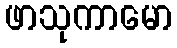
ဖာသုကာမော